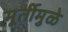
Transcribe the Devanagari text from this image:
मूर्तीमुळे